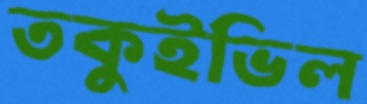
তকুইভিল